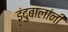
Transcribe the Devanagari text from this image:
इंदुबालांनी